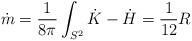
LaTeX: \begin{align*}\dot{m} = \frac{1}{8\pi} \int_{S^2} \dot{K} - \dot{H} = \frac{1}{12} R\end{align*}